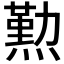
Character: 𤏊